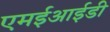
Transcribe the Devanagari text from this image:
एमईआईडी